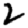
Digit: 2